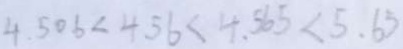
4 . 5 0 6 < 4 . 5 6 < 4 . 5 6 5 < 5 . 6 3